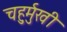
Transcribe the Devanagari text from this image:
चहुर्मुखी